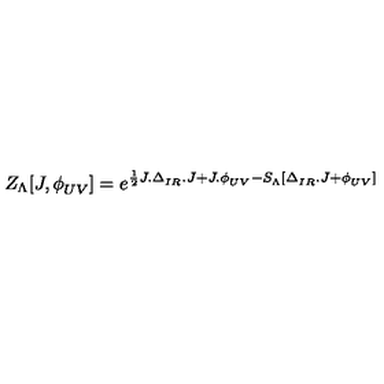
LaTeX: Z _ { \Lambda } [ J , \phi _ { U V } ^ { \phantom { a } } ] = e ^ { \frac { 1 } { 2 } J . \Delta _ { I R } ^ { \phantom { a } } . J + J . \phi _ { U V } ^ { \phantom { a } } - S _ { \Lambda } ^ { \phantom { 1 } } [ \Delta _ { I R } ^ { \phantom { a } } . J + \phi _ { U V } ^ { \phantom { a } } ] }